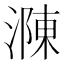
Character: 𣼼